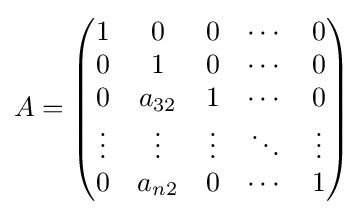
A={\begin{pmatrix}1&0&0&\cdots &0\\0&1&0&\cdots &0\\0&a_{32}&1&\cdots &0\\\vdots &\vdots &\vdots &\ddots &\vdots \\0&a_{n2}&0&\cdots &1\end{pmatrix}}